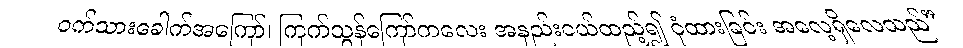
ဝက်သားခေါက်အကြော်၊ ကြက်သွန်ကြော်ကလေး အနည်းငယ်ထည့်၍ ငုံထားခြင်း အလေ့ရှိလေသည်”